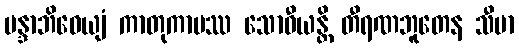
မန္ဒာဘိဓေယျံ ကာတုကာမဿ သောဓီယန္တိ တီရဏဘူတေန သီမာ